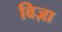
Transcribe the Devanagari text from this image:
विज़ा